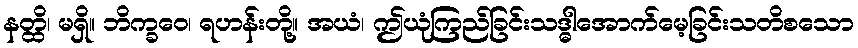
နတ္ထိ၊ မရှိ။ ဘိက္ခဝေ၊ ရဟန်းတို့။ အယံ၊ ဤယုံကြည်ခြင်းသဒ္ဓါအောက်မေ့ခြင်းသတိစသော